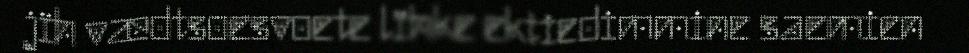
jïh vædtsoesvoete lïhke ektiedimmine saemien